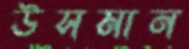
উসমান